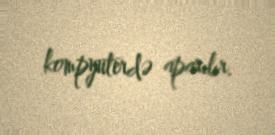
kompyuterdə aparılır.